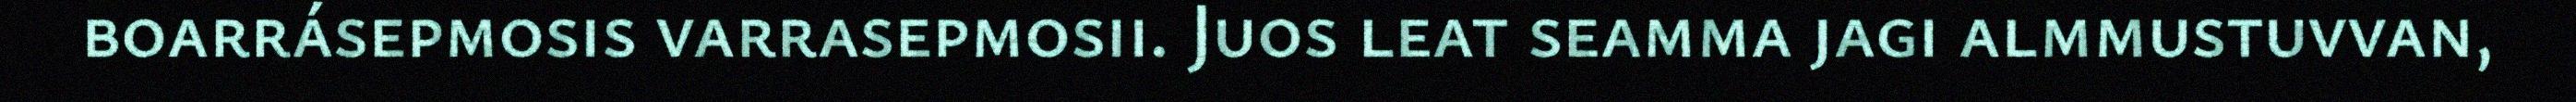
boarrásepmosis varrasepmosii. Juos leat seamma jagi almmustuvvan,